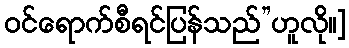
ဝင်ရောက်စီရင်ပြန်သည်”ဟူလို၊၊]